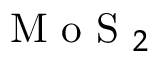
\mathrm { ~ M ~ o ~ S ~ } _ { 2 }